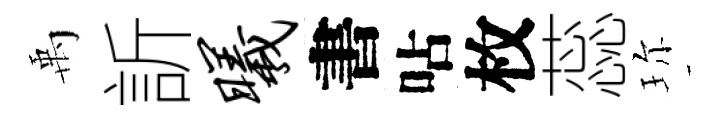
禹訢曦書呫枚蕊珎